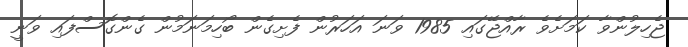
ޖެހިލުންވާ ކަމަށެވެ ރާއްޖޭގައި 1985 ވަނަ އަހަރުން ފެށިގެން ބޯހިމަނަމުން ގެންގޮސްފައި ވަނީ